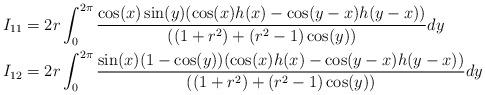
LaTeX: \begin{align*} I_{11} & = 2r\int_{0}^{2\pi}\frac{\cos(x)\sin(y)(\cos(x)h(x)-\cos(y-x)h(y-x))}{((1+r^2)+(r^2-1)\cos(y))}dy \\ I_{12} & = 2r\int_{0}^{2\pi}\frac{\sin(x)(1-\cos(y))(\cos(x)h(x)-\cos(y-x)h(y-x))}{((1+r^2)+(r^2-1)\cos(y))}dy \\\end{align*}